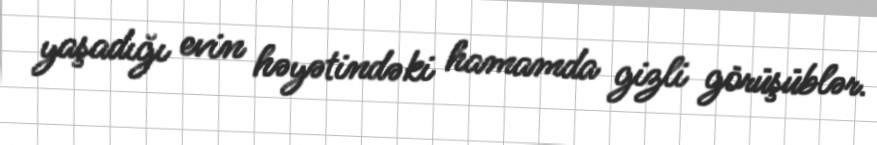
yaşadığı evin həyətindəki hamamda gizli görüşüblər.